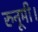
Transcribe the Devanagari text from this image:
रुनूमी।